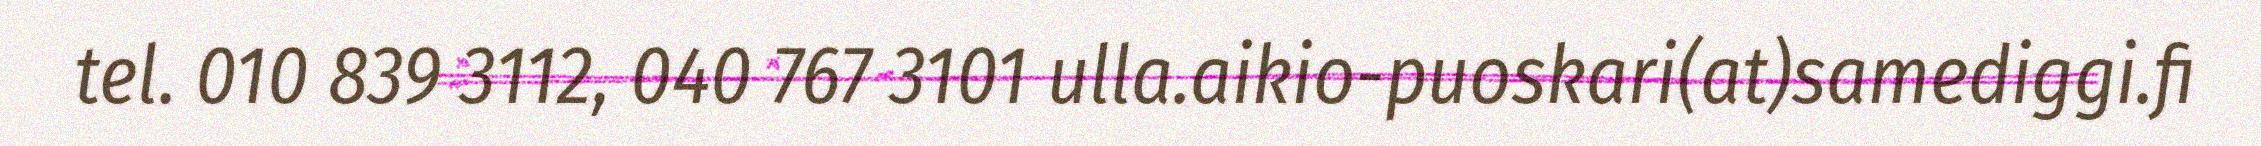
tel. 010 839 3112, 040 767 3101 ulla.aikio-puoskari(at)samediggi.fi